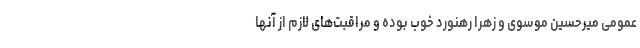
عمومی میرحسین موسوی و زهرا رهنورد خوب بوده و مراقبت‌های لازم از آنها